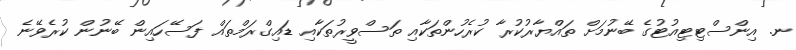
ނ. އިންސްޓިޓިއުޓުގެ ބޭނުމަށް ތައްޔާރުކުރާ ކުރެހުންތަކާއި ތަސްވީރުތަކާއި ޑައިގްރަމްތައް ފަސޭހައިން ބޭނުން ކުރެވޭނެ